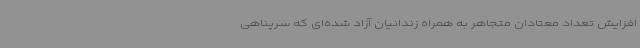
افزایش تعداد معتادان متجاهر به همراه زندانیان آزاد شده‌ای که سرپناهی